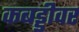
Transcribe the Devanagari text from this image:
कबड्डीवर